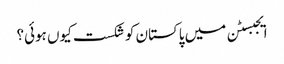
ایجبسٹن میں پاکستان کو شکست کیوں ہوئی؟